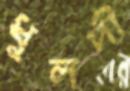
ধুলদী